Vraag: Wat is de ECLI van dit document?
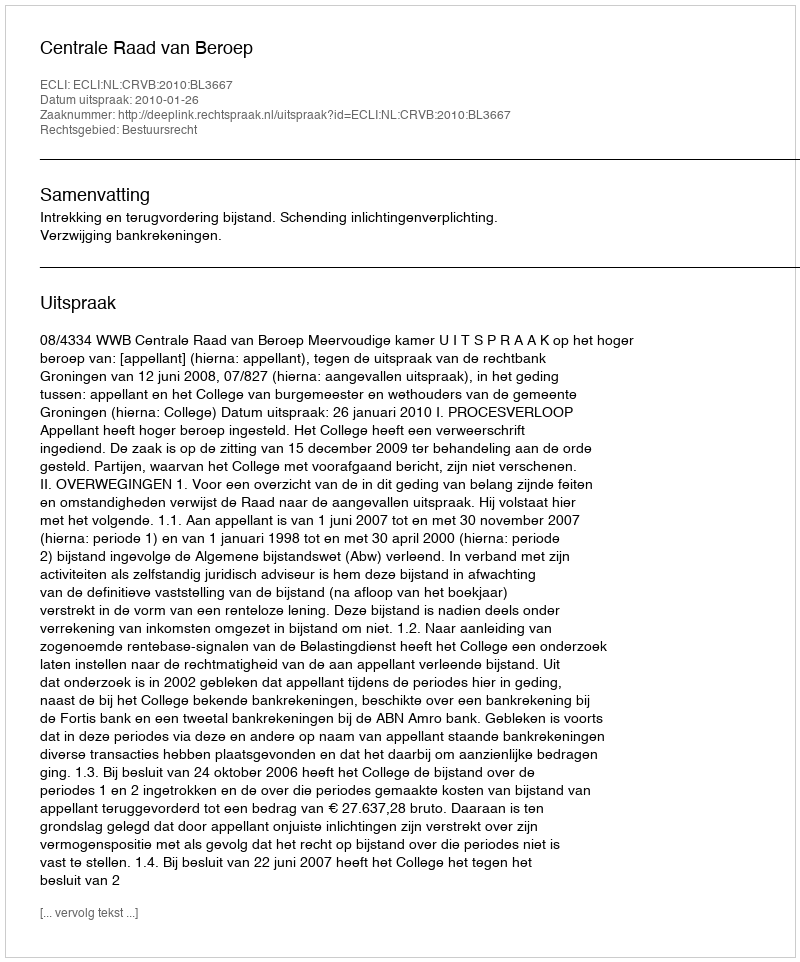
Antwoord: ECLI:NL:CRVB:2010:BL3667